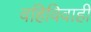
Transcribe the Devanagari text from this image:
वहिविवाही